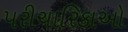
પરીચારિકાઓ